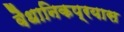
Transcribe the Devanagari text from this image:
वैधानिकप्रयास